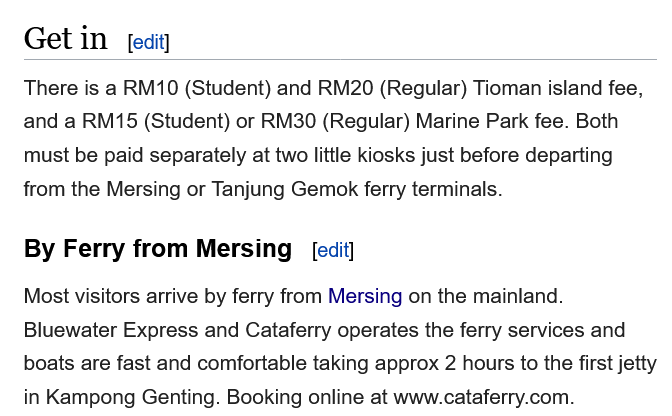
Get  in
   By Ferry  from  Mersing
   Most visitors arrive by ferry from Mersing on the mainland.
   Bluewater Express and Cataferry operates the ferry services and
   boats are fast and comfortable taking approx 2 hours to the first jetty
   in Kampong Genting. Booking online at www.cataferry.com.
   There is a RM10 (Student) and RM20 (Regular) Tioman island fee,
   and a RM15 (Student) or RM30 (Regular) Marine Park fee. Both
   must be paid separately at two little kiosks just before departing
   from the Mersing or Tanjung Gemok ferry terminals.
     edit]